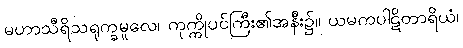
မဟာသီရိသရုက္ခမူလေ၊ ကုက္ကိုပင်ကြီး၏အနီး၌။ ယမကပါဋိတာရိယံ၊